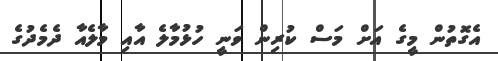
އެގޮތުން މީގެ އަށް މަސް ކުރިން ވަނީ ހުޅުމާލެ އާއި މާލެއާ ދެމެދުގެ